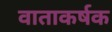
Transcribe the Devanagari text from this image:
वाताकर्षक